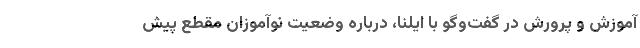
آموزش و پرورش در گفت‌وگو با ایلنا، درباره وضعیت نوآموزان مقطع پیش